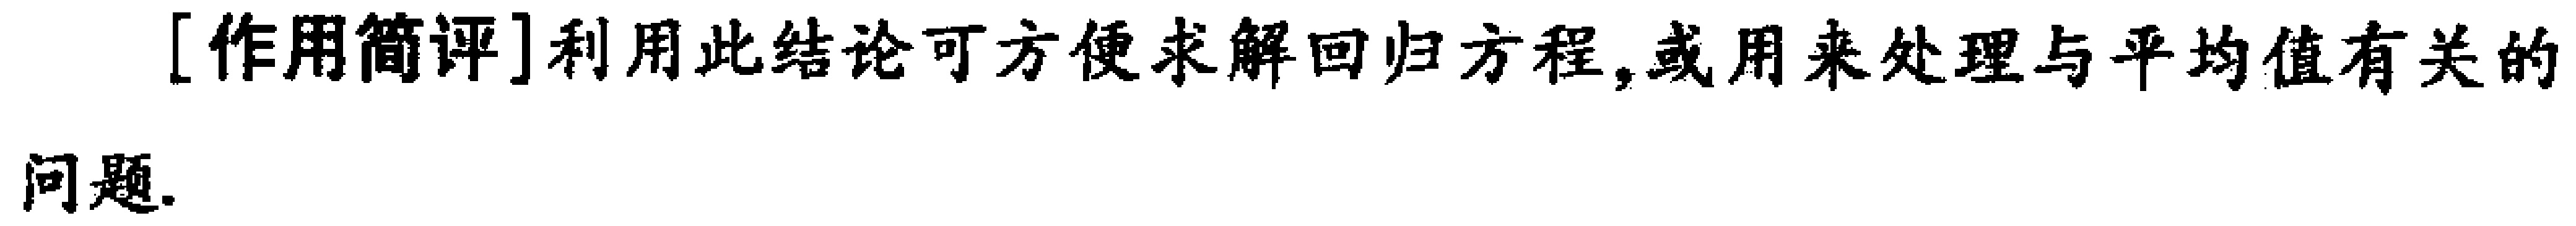
[作用简评]利用此结论可方便求解回归方程,或用来处理与平均值有关的问题.